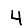
Digit: 4